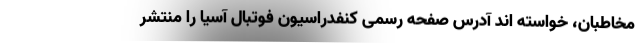
مخاطبان، خواسته اند آدرس صفحه رسمی کنفدراسیون فوتبال آسیا را منتشر